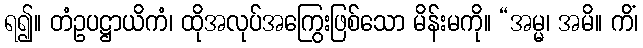
ရ၍။ တံဥပဋ္ဌာယိကံ၊ ထိုအလုပ်အကြွေးဖြစ်သော မိန်းမကို။ “အမ္မ၊ အမိ။ ကိံ၊